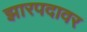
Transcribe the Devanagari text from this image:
झारपदावर